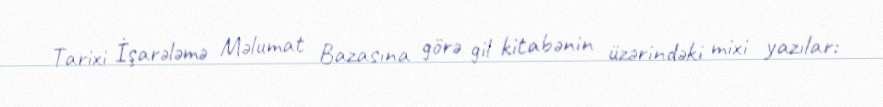
Tarixi İşarələmə Məlumat Bazasına görə gil kitabənin üzərindəki mixi yazılar: